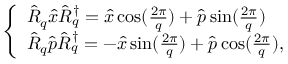
\begin{array} { r } { \left\{ \begin{array} { l l l } { \hat { R } _ { q } \hat { x } \hat { R } _ { q } ^ { \dagger } = \hat { x } \cos ( \frac { 2 \pi } { q } ) + \hat { p } \sin ( \frac { 2 \pi } { q } ) } \\ { \hat { R } _ { q } \hat { p } \hat { R } _ { q } ^ { \dagger } = - \hat { x } \sin ( \frac { 2 \pi } { q } ) + \hat { p } \cos ( \frac { 2 \pi } { q } ) , } \end{array} \right. } \end{array}